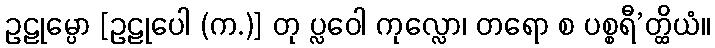
ဥဠုမ္ပော [ဥဠုပေါ (က.)] တု ပ္လဝေါ ကုလ္လော၊ တရော စ ပစ္စရီ’တ္ထိယံ။